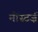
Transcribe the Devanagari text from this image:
मोंस्टर्ज़